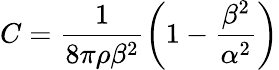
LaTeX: C=\frac{1}{8\pi\rho\beta^{2}}\left(1-\frac{\beta^{2}}{\alpha^{2}}\right)